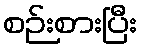
စဉ်းစားပြီး